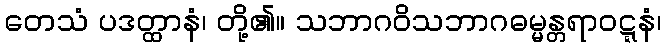
တေသံ ပဒတ္ထာနံ၊ တို့၏။ သဘာဂဝိသဘာဂဓမ္မန္တရာဝဋ္ဋနံ၊